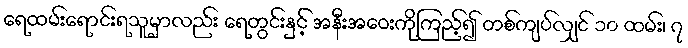
ရေထမ်းရောင်းရသူမှာလည်း ရေတွင်းနှင့် အနီးအဝေးကိုကြည့်၍ တစ်ကျပ်လျှင် ၁၀ ထမ်း၊ ၇